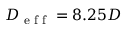
D _ { \textrm { e f f } } = 8 . 2 5 D